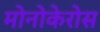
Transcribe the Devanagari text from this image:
मोनोकेरोस